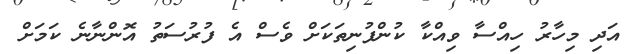
އަދި މިހާރު ހިއްސާ ވިއްކާ ކުންފުނިތަކަށް ވެސް އެ ފުރުސަތު އޮންނާނެ ކަމަށް